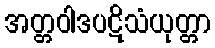
အတ္တဝါဒပဋိသံယုတ္တာ